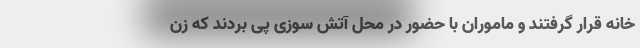
خانه قرار گرفتند و ماموران با حضور در محل آتش سوزی پی بردند که زن